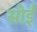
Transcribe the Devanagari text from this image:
सोईं